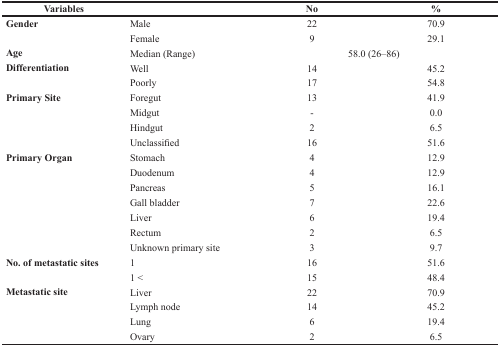
| Variables |  | No | % |
 | --- | --- | --- | --- |
 | Gender | Male | 22 | 70.9 |
 |  | Female | 9 | 29.1 |
 | Age | Median (Range) | <COLSPAN=2> 58.0 (26–86) |
 | Differentiation | Well | 14 | 45.2 |
 |  | Poorly | 17 | 54.8 |
 | Primary Site | Foregut | 13 | 41.9 |
 |  | Midgut | - | 0.0 |
 |  | Hindgut | 2 | 6.5 |
 |  | Unclassified | 16 | 51.6 |
 | Primary Organ | Stomach | 4 | 12.9 |
 |  | Duodenum | 4 | 12.9 |
 |  | Pancreas | 5 | 16.1 |
 |  | Gall bladder | 7 | 22.6 |
 |  | Liver | 6 | 19.4 |
 |  | Rectum | 2 | 6.5 |
 |  | Unknown primary site | 3 | 9.7 |
 | No. of metastatic sites | 1 | 16 | 51.6 |
 |  | 1 < | 15 | 48.4 |
 | Metastatic site | Liver | 22 | 70.9 |
 |  | Lymph node | 14 | 45.2 |
 |  | Lung | 6 | 19.4 |
 |  | Ovary | 2 | 6.5 |